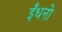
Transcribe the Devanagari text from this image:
ईंधनो